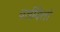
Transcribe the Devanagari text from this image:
वर्तवितो